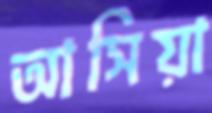
আসিয়া